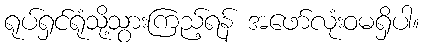
ရုပ်ရှင်ရုံသို့သွားကြည့်ရန် အဖော်လုံးဝမရှိပါ။